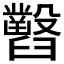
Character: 𦦹